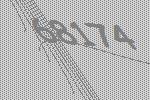
68174